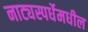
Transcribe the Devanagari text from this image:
नाट्यस्पर्धेमधील